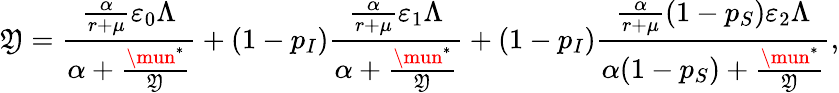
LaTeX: \mathfrak{Y}=\frac{{\frac{{\alpha}}{{r+\mu}}\varepsilon_{0}\Lambda}}{{\alpha+\frac{{\mun^{*}}}{{\mathfrak{Y}}}}}+(1-p_{I})\frac{{\frac{{\alpha}}{{r+\mu}}\varepsilon_{1}\Lambda}}{{\alpha+\frac{{\mun^{*}}}{{\mathfrak{Y}}}}}+(1-p_{I})\frac{{\frac{{\alpha}}{{r+\mu}}(1-p_{S})\varepsilon_{2}\Lambda}}{{\alpha(1-p_{S})+\frac{{\mun^{*}}}{{\mathfrak{Y}}}}},